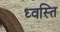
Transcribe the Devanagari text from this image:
ध्वस्ति